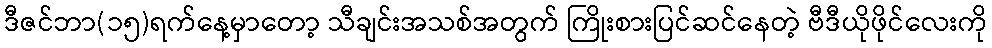
ဒီဇင်ဘာ(၁၅)ရက်နေ့မှာတော့ သီချင်းအသစ်အတွက် ကြိုးစားပြင်ဆင်နေတဲ့ ဗီဒီယိုဖိုင်လေးကို